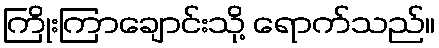
ကြိုးကြာချောင်းသို့ ရောက်သည်။